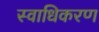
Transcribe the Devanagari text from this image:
स्वाधिकरण